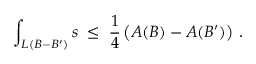
\int _ { L ( B - B ^ { \prime } ) } s \; \leq \; \frac { 1 } { 4 } \left( A ( B ) - A ( B ^ { \prime } ) \right) \, .